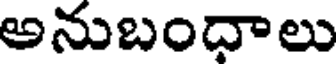
అనుబంధాలు